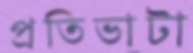
প্রতিভাটা